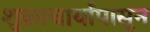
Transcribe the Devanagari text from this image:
शुक्राचार्यांपासून